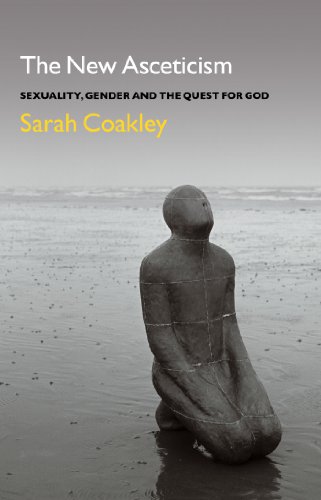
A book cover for The New Asceticism; Sarah Coakley; Religion & Spirituality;